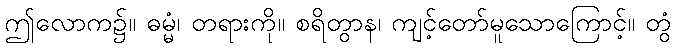
ဤလောက၌။ ဓမ္မံ၊ တရားကို။ စရိတွာန၊ ကျင့်တော်မူသောကြောင့်။ တွံ